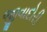
જીવાદોરી